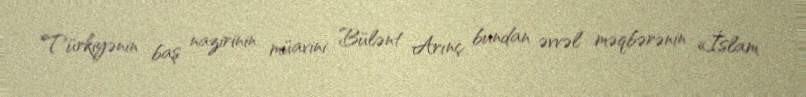
Türkiyənin baş nazirinin müavini Bülənt Arınç bundan əvvəl məqbərənin «İslam